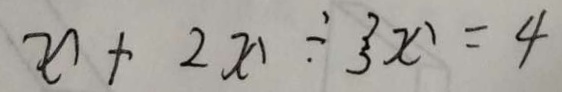
x + 2 x \div 3 x = 4